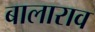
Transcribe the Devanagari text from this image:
बालाराव